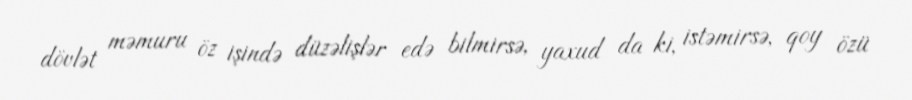
dövlət məmuru öz işində düzəlişlər edə bilmirsə, yaxud da ki, istəmirsə, qoy özü